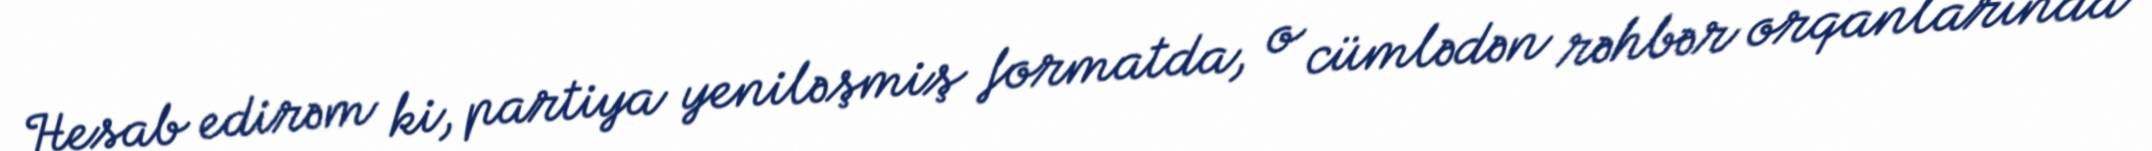
Hesab edirəm ki, partiya yeniləşmiş formatda, o cümlədən rəhbər orqanlarında